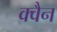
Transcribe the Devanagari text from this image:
क्वैन